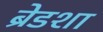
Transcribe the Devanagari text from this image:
ब्रेडशा